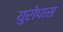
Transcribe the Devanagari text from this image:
युरोपास